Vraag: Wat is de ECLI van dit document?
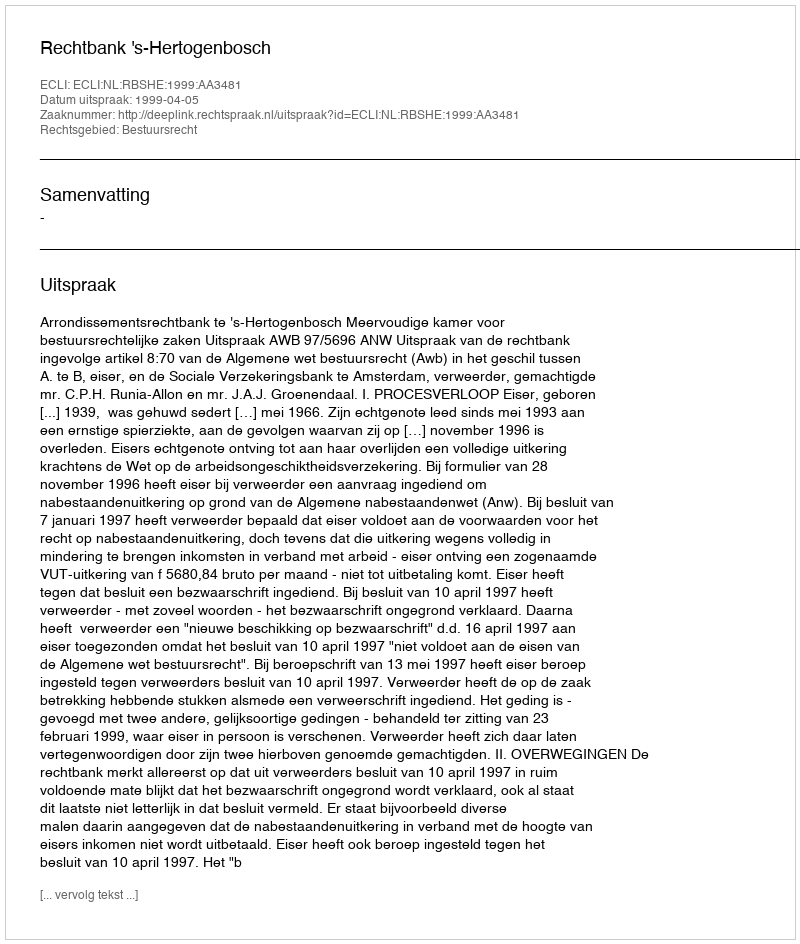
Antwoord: ECLI:NL:RBSHE:1999:AA3481